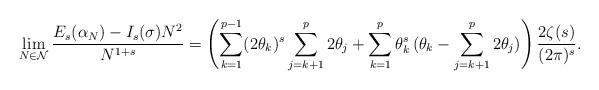
LaTeX: \begin{align*}\lim_{N\in\mathcal{N}}\frac{E_{s}(\alpha_{N})-I_{s}(\sigma) N^{2}}{N^{1+s}}=\left(\sum_{k=1}^{p-1}(2\theta_{k})^{s} \sum_{j=k+1}^{p}2\theta_{j}+\sum_{k=1}^{p}\theta_{k}^{s}\,\Large(\theta_{k}-\sum_{j=k+1}^{p}2\theta_{j}\Large)\right)\frac{2\zeta(s)}{(2\pi)^{s}}.\end{align*}